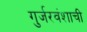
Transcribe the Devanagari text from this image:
गुर्जरवंशाची